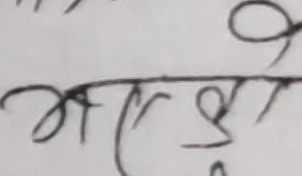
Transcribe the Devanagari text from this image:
आशा